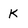
Character: K